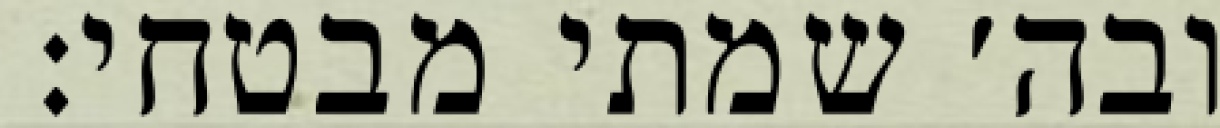
ובה׳ שמתי מבטחי: